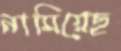
নামিয়েছ